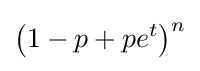
\left(1-p+pe^{t}\right)^{n}